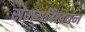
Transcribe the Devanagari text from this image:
समयविलंबन